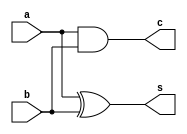
module adder(a,b,c,s);

    input a,b;
    output s,c;

    assign s=a^b;
    assign c=a&b;
    
endmodule